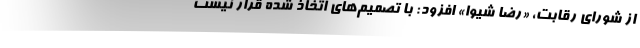
از شورای رقابت، «رضا شیوا» افزود: با تصمیم‌های اتخاذ شده قرار نیست